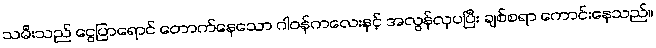
သမီးသည် ငွေပြာရောင် တောက်နေသော ဂါဝန်ကလေးနှင့် အလွန်လှပပြီး ချစ်စရာ ကောင်းနေသည်။